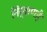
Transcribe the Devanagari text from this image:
निर्वाणहै